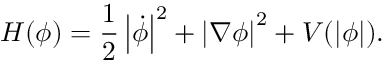
H ( \phi ) = { \frac { 1 } { 2 } } \left| { \dot { \phi } } \right| ^ { 2 } + \left| \nabla \phi \right| ^ { 2 } + V ( \left| \phi \right| ) .